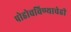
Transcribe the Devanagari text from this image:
पोहोचविण्याचेही